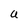
Character: U